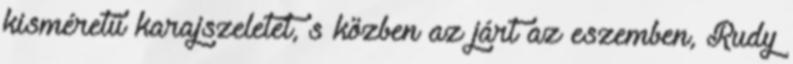
kisméretű karajszeletet, s közben az járt az eszemben, Rudy